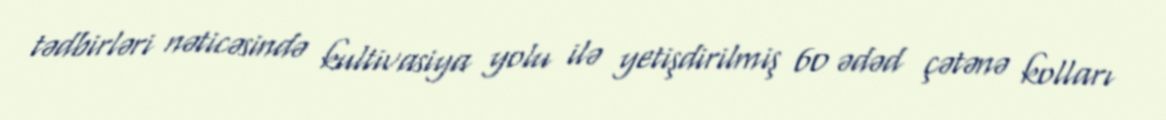
tədbirləri nəticəsində kultivasiya yolu ilə yetişdirilmiş 60 ədəd çətənə kolları